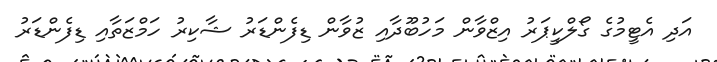
އަދި އެޓީމުގެ ގޯލްކީޕަރު އިޒްވާން މަހުބޫދާއި ޒުވާން ޑިފެންޑަރު ޝާކިރު ހަމްޒަތާއި ޑިފެންޑަރު